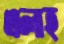
এলাহ